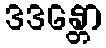
ဒဒန္တော